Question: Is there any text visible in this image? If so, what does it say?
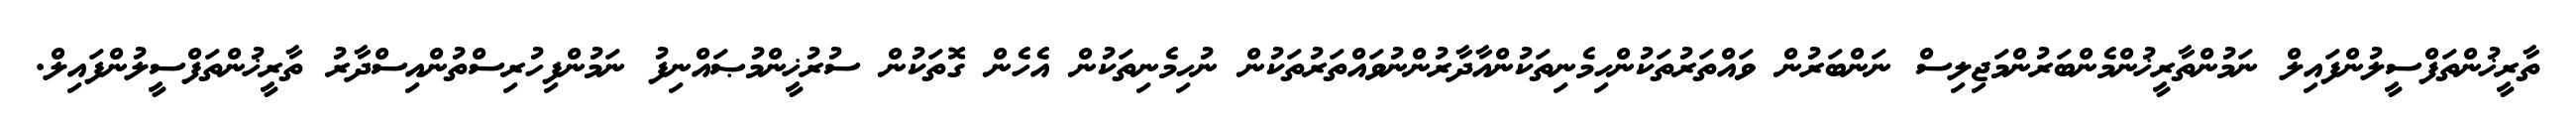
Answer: ތާރީޚުންތަފްސީލުންފައިލް ނަމުންތާރީޚުންމެންބަރުންމަޖިލިސް ނަންބަރުން ވައްތަރުތަކުންހިމެނިތަކުންއާދާރުންނުވައްތަރުތަކުން ނުހިމެނިތަކުން އެހެން ގޮތަކުން ސުރުޚީންމުޞައްނިފު ނަމުންފިހުރިސްތުންއިސްދާރު ތާރީޚުންތަފްސީލުންފައިލް.